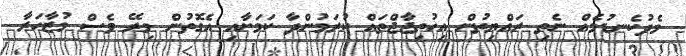
މެދުކެނޑުމެއް ނެތި ރައްޔިތުން އިހުތިޖާޖްތައް ކުރަމުންދާ ކަމަށާއި އެގޮތުން މިރޭ ވެސް މުޒާހަރާ